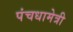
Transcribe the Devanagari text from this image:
पंचधामेत्री